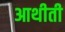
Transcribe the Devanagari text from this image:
आथीती